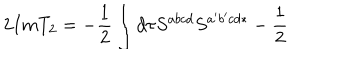
2 I m T _ { 2 } = - \frac 1 2 \int d \tau S ^ { a b c d } S ^ { a ^ { \prime } b ^ { \prime } c d * } - \frac 1 2